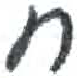
אות: ח